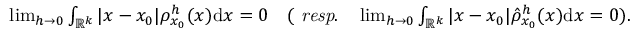
\begin{array} { r } { \operatorname* { l i m } _ { h \rightarrow 0 } \int _ { \mathbb { R } ^ { k } } | x - x _ { 0 } | \rho _ { x _ { 0 } } ^ { h } ( x ) \mathrm { d } x = 0 \quad ( \mathrm { \it ~ r e s p . } \quad \operatorname* { l i m } _ { h \rightarrow 0 } \int _ { \mathbb { R } ^ { k } } | x - x _ { 0 } | \hat { \rho } _ { x _ { 0 } } ^ { h } ( x ) \mathrm { d } x = 0 ) . } \end{array}